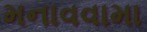
મનાવવામા